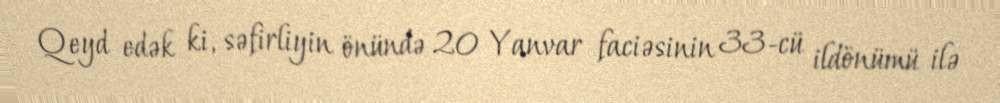
Qeyd edək ki, səfirliyin önündə 20 Yanvar faciəsinin 33-cü ildönümü ilə